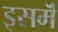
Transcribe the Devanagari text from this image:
इसमॆं